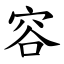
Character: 容